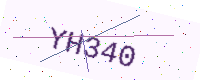
Text: YH340